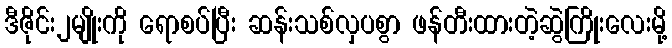
ဒီဇိုင်း၂မျိုးကို ရောစပ်ပြီး ဆန်းသစ်လှပစွာ ဖန်တီးထားတဲ့ဆွဲကြိုးလေးမို့